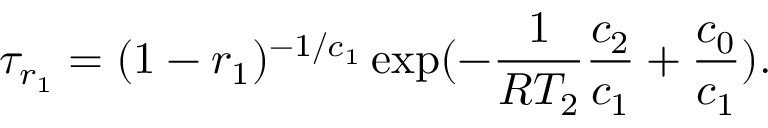
\tau _ { r _ { 1 } } = ( 1 - r _ { 1 } ) ^ { - 1 / c _ { 1 } } \exp ( - \frac { 1 } { R T _ { 2 } } \frac { c _ { 2 } } { c _ { 1 } } + \frac { c _ { 0 } } { c _ { 1 } } ) .